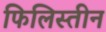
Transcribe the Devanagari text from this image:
फिलिस्‍तीन